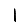
Digit: 1